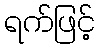
ရက်ဖြင့်